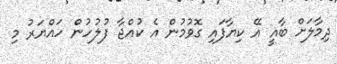
ދިމާލަށް ބާޣީ އޭ ކިޔާފައި ގޮވުމުން އެ ކުއްޖާ ފުލުހުން ހައްޔަރު މި